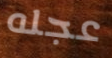
عجله